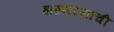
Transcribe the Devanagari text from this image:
हास्यरसाची